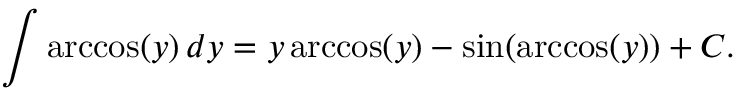
\quad \int \operatorname { a r c c o s } ( y ) \, d y = y \operatorname { a r c c o s } ( y ) - \sin ( \operatorname { a r c c o s } ( y ) ) + C .